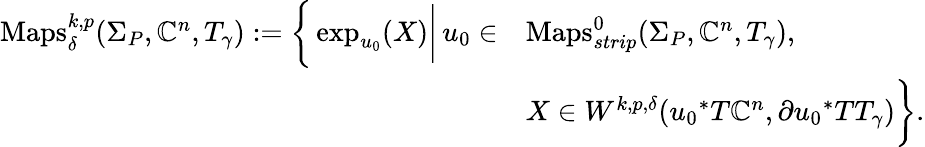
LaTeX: \begin{array}{rl}{\mathrm{Maps}_{\delta}^{k,p}(\Sigma_{P},\mathbb{C}^{n},T_{\gamma}):=\bigg\{ \exp_{u_{0}}(X)\bigg|\, u_{0}\in}&{\mathrm{Maps}_{strip}^{0}(\Sigma_{P},\mathbb{C}^{n},T_{\gamma}),\, \, }\\ &{X\in W^{k,p,\delta}({u_{0}}^{*}T\mathbb{C}^{n},\partial{u_{0}}^{*}TT_{\gamma})\bigg\} .}\end{array}